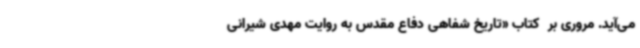
می‌آید. مروری بر  کتاب «تاریخ شفاهی دفاع مقدس به روایت مهدی شیرانی